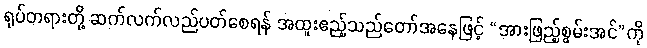
ရုပ်တရားတို့ ဆက်လက်လည်ပတ်စေရန် အထူးဧည့်သည်တော်အနေဖြင့် “အားဖြည့်စွမ်းအင်”ကို